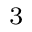
^ 3